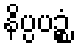
နိပ္ပပဉ္စံ